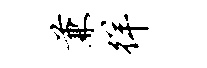
兼徉